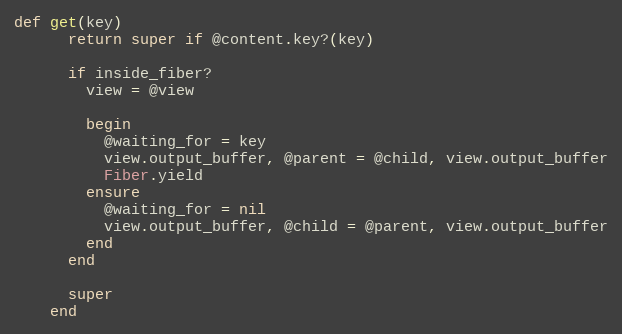
Language: Ruby
def get(key)
      return super if @content.key?(key)

      if inside_fiber?
        view = @view

        begin
          @waiting_for = key
          view.output_buffer, @parent = @child, view.output_buffer
          Fiber.yield
        ensure
          @waiting_for = nil
          view.output_buffer, @child = @parent, view.output_buffer
        end
      end

      super
    end